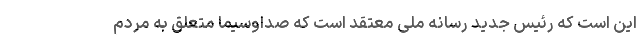
این است که رئیس‌ جدید رسانه ملی معتقد است که صداوسیما متعلق به مردم